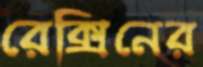
রেক্সিনের